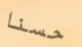
حسنا